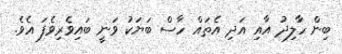
ބިން ހާލިދު އާއި އަދި އެތައް ހާސް ބަޔަކު ވަނީ ބައިވެރިވެފަ އެވެ.